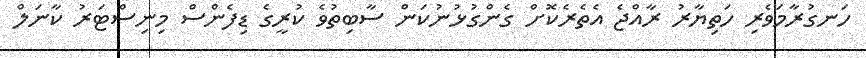
ހަނގުރާމަވެރި ހަތިޔާރު ރާއްޖެ އެތެރެކޮށް ގެންގުޅުނުކަން ސާބިތުވެ ކުރީގެ ޑިފެންސް މިނިސްޓަރު ކާނަލް